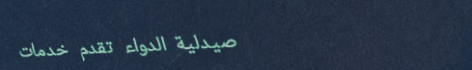
صيدلية الدواء تقدم خدمات